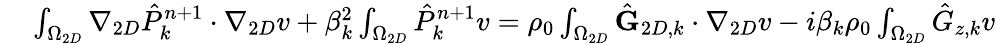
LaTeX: \begin{array}{rl}{\small}&{{}\int_{\Omega_{2D}}\nabla_{2D}\hat{P}_{k}^{n+1}\cdot\nabla_{2D}v+\beta_{k}^{2}\int_{\Omega_{2D}}\hat{P}_{k}^{n+1}v=\rho_{0}\int_{\Omega_{2D}}\hat{\textbf{G}}_{2D,k}\cdot\nabla_{2D}v-i\beta_{k}\rho_{0}\int_{\Omega_{2D}}\hat{G}_{z,k}v}\end{array}